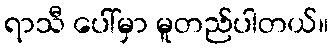
ရာသီ ပေါ်မှာ မူတည်ပါတယ်။